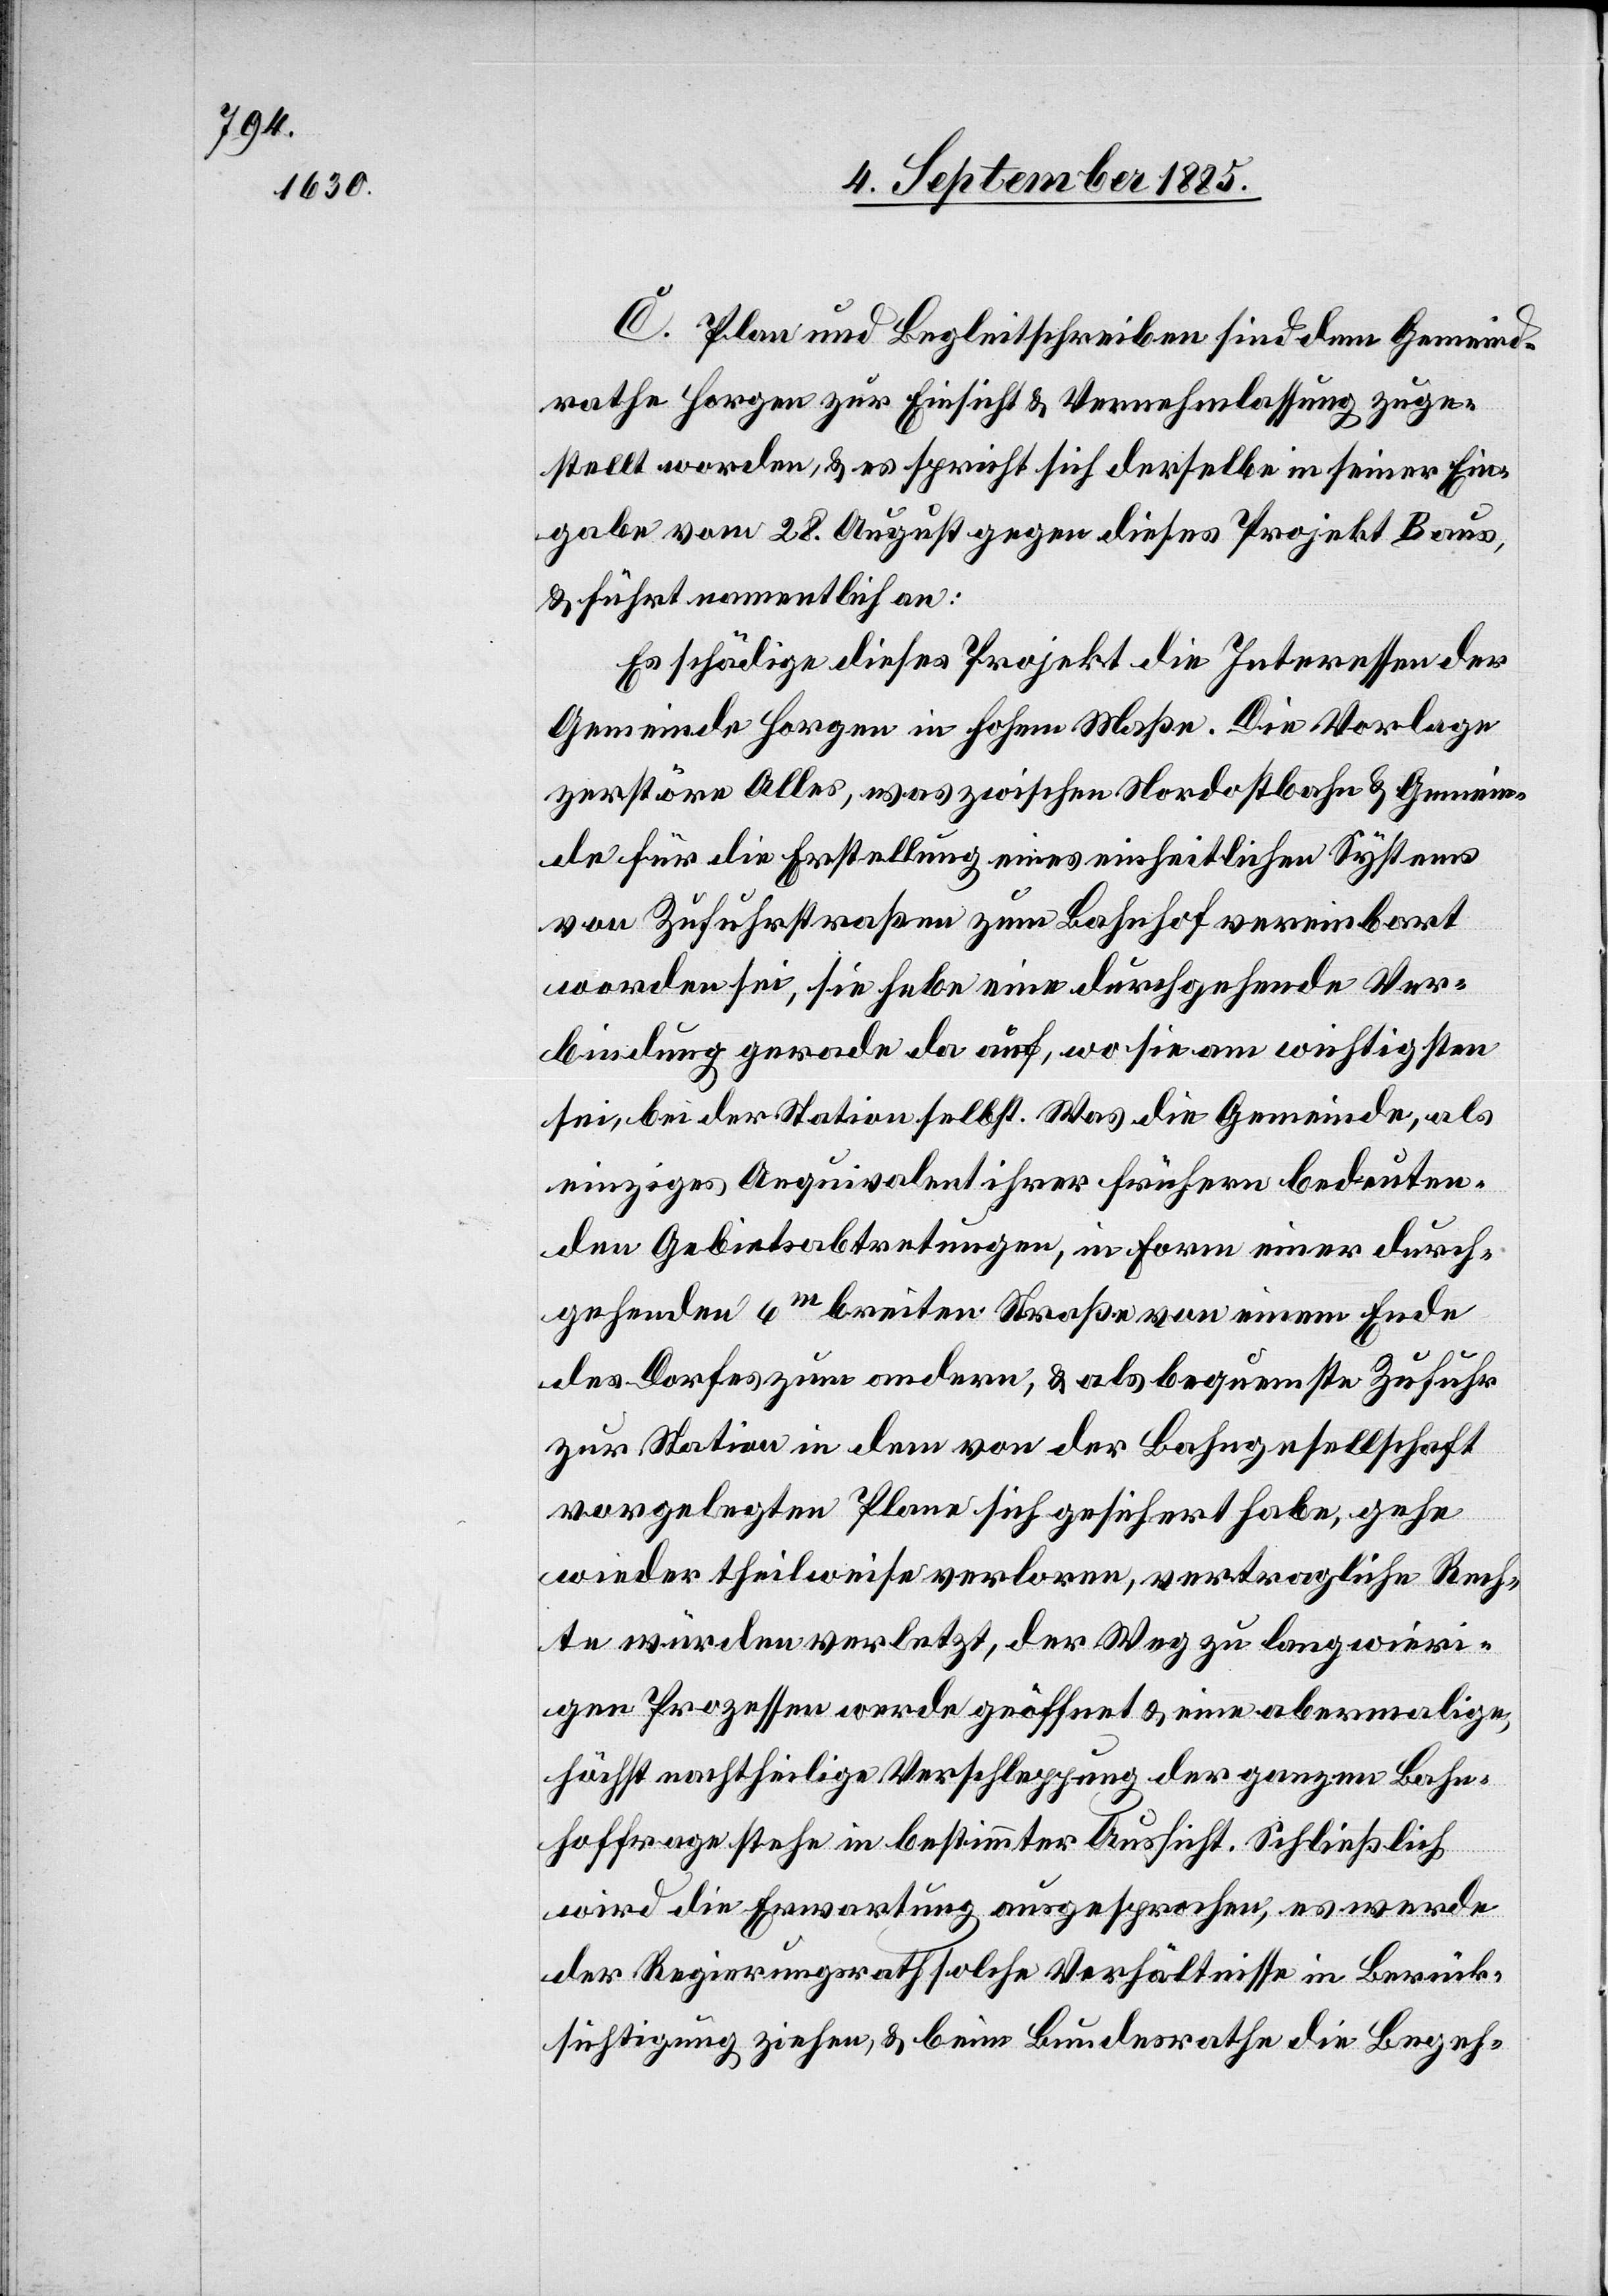
C. Plan und Begleitschreiben sind dem Gemeind¬
rathe Horgen zur Einsicht & Vernehmlassung zuge¬
stellt worden, & es spricht sich derselbe in seiner Ein¬
gabe vom 28. August gegen dieses Projekt B aus,
& führt namentlich an:
Es schädige dieses Projekt die Interessen der
Gemeinde Horgen in hohem Maße. Die Vorlage
zerstöre Alles, was zwischen Nordostbahn & Gemein¬
de für die Erstellung eines einheitlichen Systems
von Zufuhrstraßen zum Bahnhof vereinbart
worden sei, sie hebe eine durchgehende Ver¬
bindung gerade da auf, wo sie am wichtigsten
sei, bei der Station selbst. Was die Gemeinde, als
einziges Aequivalent ihrer frühern bedeuten¬
den Gebietsabtretungen, in Form einer durch¬
gehenden 6m breiten Straße von einem Ende
des Dorfes zum andern, & als bequemste Zufuhr
zur Station in dem von der Bahngesellschaft
vorgelegten Plane sich gesichert habe, gehe
wieder theilweise verloren, vertragliche Rech¬
te würden verletzt, der Weg zu langwieri¬
gen Prozessen werde geöffnet & eine abermalige,
höchst nachtheilige Verschleppung der ganzen Bahn¬
hoffrage stehe in bestimmter Aussicht. Schließlich
wird die Erwartung ausgesprochen, es werde
der Regierungsrath solche Verhältnisse in Berück¬
sichtigung ziehen, & beim Bundesrathe die Begeh-